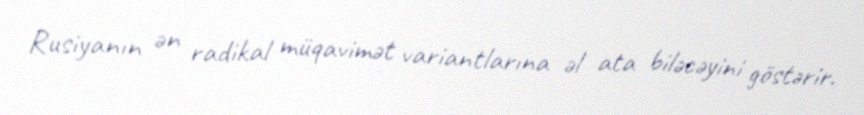
Rusiyanın ən radikal müqavimət variantlarına əl ata biləcəyini göstərir.